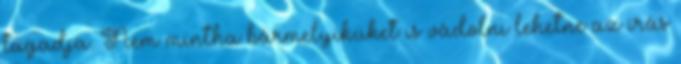
tagadja. Nem mintha bármelyiküket is vádolni lehetne az írás